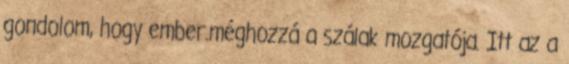
gondolom, hogy ember.méghozzá a szálak mozgatója. Itt az a